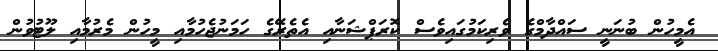
އެމީހުން ބުނަނީ ސައްދާމްގެ ވެރިކަމުގައިވެސް ކޮރަޕްޝަނާއި އެތެރޭގެ ހަމަނުޖެހުމާއި މީހުން މެރުމާއި ލޫޓުވުން